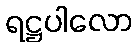
ရဋ္ဌပါလော